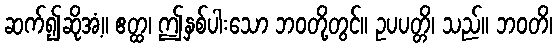
ဆက်၍ဆိုအံ့။ ဧတ္ထ၊ ဤနှစ်ပါးသော ဘဝတို့တွင်။ ဥပပတ္တိ၊ သည်။ ဘဝတိ၊